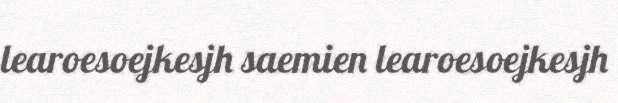
learoesoejkesjh saemien learoesoejkesjh